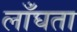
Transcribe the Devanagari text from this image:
लाँघता